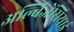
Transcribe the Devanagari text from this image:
अल्बिजेंसियाई